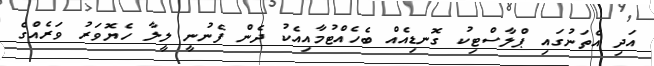
އަދި އެތަނުގައި ޕްލާސްޓިކު ގޮނޑިއެއް ބެހެއްޓުމާއިއެކު ދެން ފެނުނީ ލީލާ ހެޔޮވަރު ވަރެއްގެ